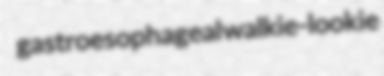
gastroesophageal walkie-lookie